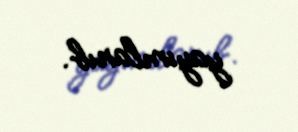
yayımlanıb.